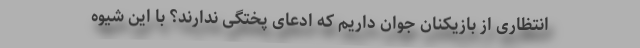
انتظاری از بازیکنان جوان داریم که ادعای پختگی ندارند؟ با این شیوه